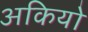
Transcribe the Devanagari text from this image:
अकियो